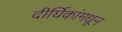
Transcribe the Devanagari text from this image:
दीर्घिकांमधून